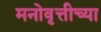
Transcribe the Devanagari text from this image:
मनोवृत्तीच्या